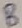
Text: B